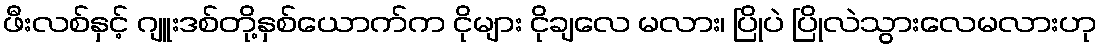
ဖီးလစ်နှင့် ဂျူးဒစ်တို့နှစ်ယောက်က ငိုများ ငိုချလေ မလား၊ ပြိုပဲ ပြိုလဲသွားလေမလားဟု